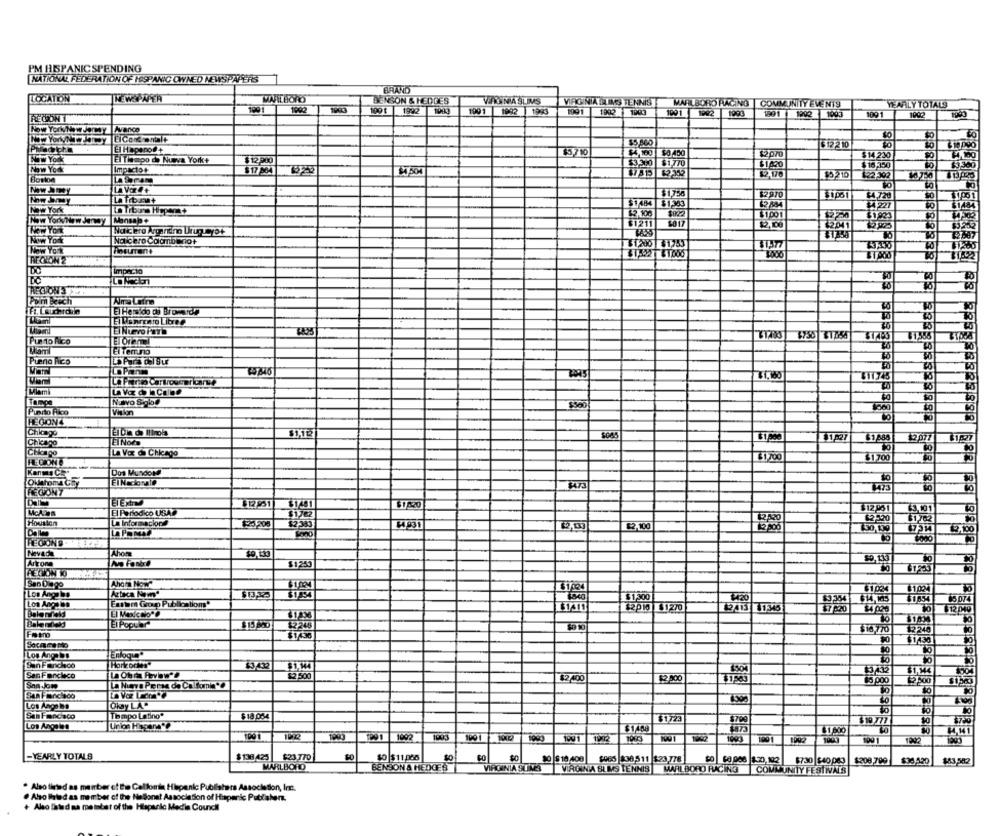
PM HISPANIC SPENDING
NATIONAL FEDERATION OF HISPANIC OWNED NEWSPAPERS
BRAND
LOCATION
MARLBORO
BENSON & HEDGES
VIRGINIA ELLS TENNIS
1001
1002
1001
1992
1001
1992 1993
1991
MARLBORO RAGING COMMUNITY EVEN19
YEARLY TOTALS
RECON T
1992 1903
1091 1992 1993
1991 1202 1993
1091
1002
New YorkNow dermay Avance
El Hapero@+
15,710
$4,100 50 450
$12 2 10
KIw York
El Tiempo de Nueva York+
$12.200
$14 230
SO
Now Your
Impacto+
61420
$3.360
$ 17 864
P 50
$0210
Boston
70
New Jmy
$1,720
Now Jmy
LA Tiba+
New York
Lo Tibure Hopem+
¥4227
$1484
New YorkNew Jemoy Mansap+
51001
$1923
NON York
New York
Abeurent
REGIONZ
DO
Impacto
REGIONS
Pom Beach
Elemento Libree
El Nuevo Farb
Puerto Rico
El Oranel
Maml
El Temuno
Puerto Rico
$1,160
$11745
Tampe
NENo Sabe
8500
Vision
HEGIONS
Chicago
1045
Chicago
181827
12077 $1:27
Chicago
$1700
$1700
Dos MundoN
Oklahoma Chy
$473
REGIONY
1473
EIER
El Periodko USA
12.51
$7430
$12,95 1
63,101
McA Wes
$2420
$2520
Houston
La Informacion
4931
$2,10
30,109
12,100
Dala
La Parte
888|8
REGIONS
Nevada
Ahone
Arizona
$ 1,250
San Diego
Ahora Now"
Aztaca Nom"
$13,3%
Los Anga ba
Exter Group Publication'
$1,300
$3,354
$14,145
05 074
$2010 $1270
$7 620
$4 020
$12 010
El Popular
$15 500
Frano
$16,770
12248
Socamano
Enfoque"
Los Ang.DE
San Foncieco
$2,500
12.400
2800
$1,M4
San Jom
La Nueve Persa de Ča fomin **
5500
San Francisco
Okay LA
Los Angeles
San Francisco
Tempo Latino*
$ 18.054
$1723
$700
Los Angeles
$1458
1092
81 600
1902
101
-YEARLY TOTALS
$ 138 425
$23.770
$0 $11.068
$0
$0 $10 408
$965 838,511 $23,778
$730 $40 063
$308,799
$33,530
MARLBORO
BENSON & HEDCES
VIRGINIA STIMA
VIRGINIA BLIMS TENNIS MARLBORO FACING
COM UNITY FESTIVALS
* Also fired as member of the Callomin Hispanic Publishers Association, Inc.
. Also laled as member of the Hielonet Association of Hispanic Puttaher.
+ Also third na meinber of the Hlapanic Media Council